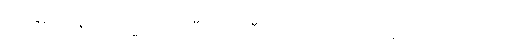
၇၁ နှစ် အရွယ် သမ္မတ ကို ပြီးခဲ့တဲ့ သီတင်းပတ်က တိုက်ခိုက်ပြောဆိုခဲ့ တာပါ။